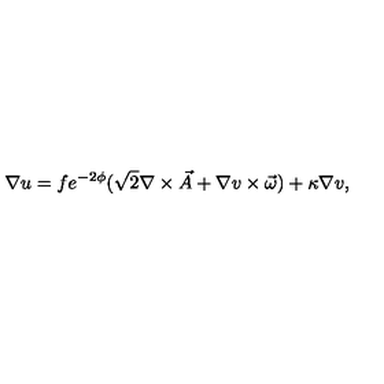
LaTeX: \nabla u = f e ^ { - 2 \phi } ( \sqrt { 2 } \nabla \times \vec { A } + \nabla v \times \vec { \omega } ) + \kappa \nabla v ,